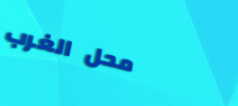
محل الغرب